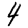
Digit: 4